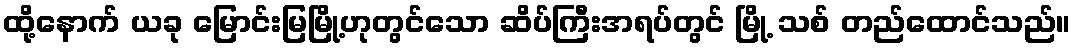
ထို့နောက် ယခု မြောင်းမြမြို့ဟုတွင်သော ဆိပ်ကြီးအရပ်တွင် မြို့ သစ် တည်ထောင်သည်။